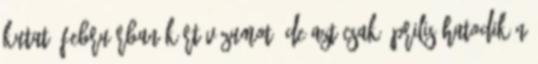
kutató februárban kért vízumot, de azt csak április hatodikán